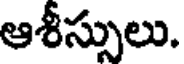
ఆశీస్సులు.